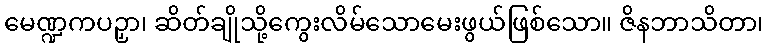
မေဏ္ဍကပဉှာ၊ ဆိတ်ချိုသို့ကွေးလိမ်သောမေးဖွယ်ဖြစ်သော။ ဇိနဘာသိတာ၊